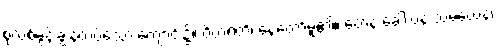
စုလစ်မွန်းချွန်တပ်သော ကျောင်း၌။ ဝိဟရတိ၊ နေတော်မူ၏။ တေန ခေါ ပန သမယေန၊